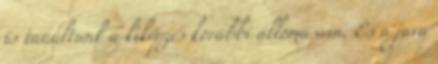
is tanultunk a kiképzés korábbi állomásain. És a java